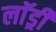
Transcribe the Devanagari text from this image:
लाॅड्री